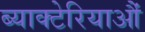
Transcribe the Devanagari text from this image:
ब्याक्टेरियाऔं